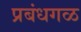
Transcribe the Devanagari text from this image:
प्रबंधगळ